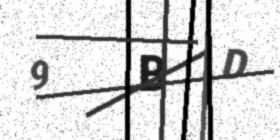
Text: 9BD